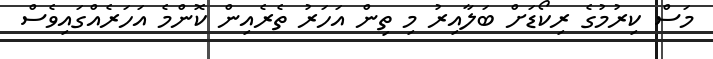
މަސް ކިރުމުގެ ރިކޯޑަށް ބަލާއިރު މި ތިން އަހަރު ތެރެއިން ކޮންމެ އަހަރެއްގައިވެސް